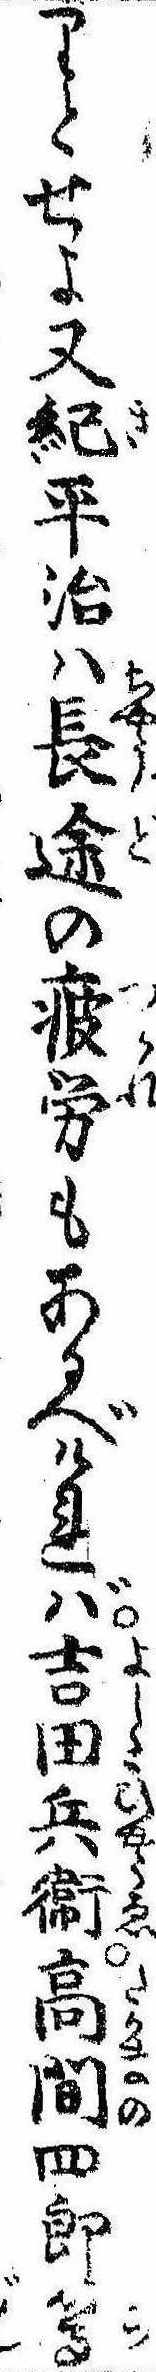
りとせよ又紀平治は長途の疲労もあるべければ吉田兵衛高間四郎等